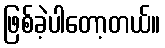
ဖြစ်ခဲ့ပါတော့တယ်။